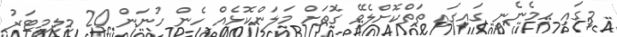
މީގައި ހިމެނެނީ ގައިގައި ތަތްކޮށްލެވޭ ގޮތަށް މަލަންކޮޅެއް ހެން ހުނަން 20 މިލިމީޓަރު